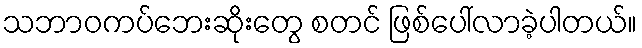
သဘာဝကပ်ဘေးဆိုးတွေ စတင် ဖြစ်ပေါ်လာခဲ့ပါတယ်။